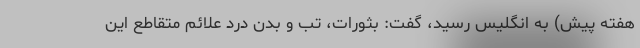
هفته پیش) به انگلیس رسید، گفت: بثورات، تب و بدن درد علائم متقاطع این